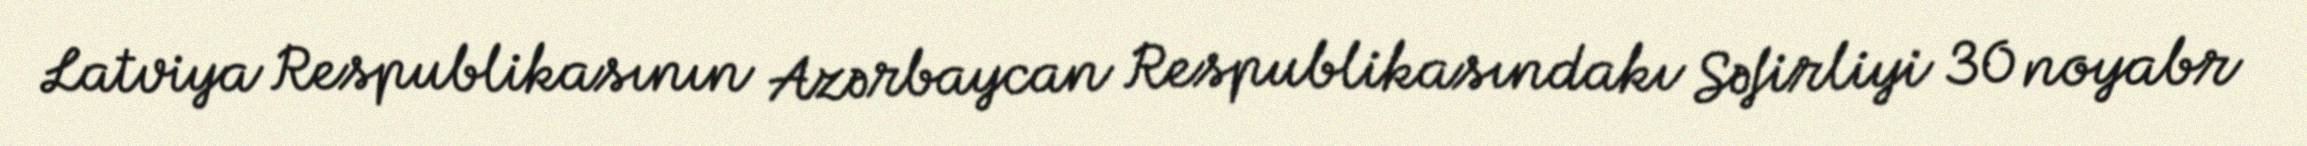
Latviya Respublikasının Azərbaycan Respublikasındakı Səfirliyi 30 noyabr